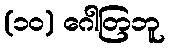
(၁၀) ဂေါတြဘူ